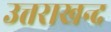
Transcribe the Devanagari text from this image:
उत्तराखन्द